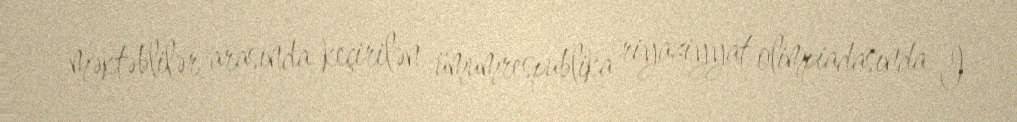
məktəblilər arasında keçirilən ümumrespublika riyaziyyat olimpiadasında I